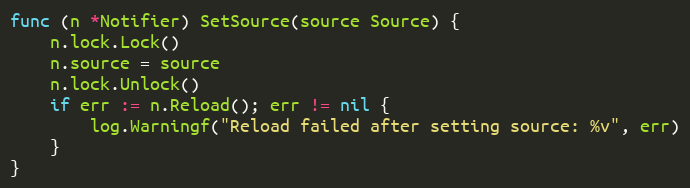
Language: Go
func (n *Notifier) SetSource(source Source) {
	n.lock.Lock()
	n.source = source
	n.lock.Unlock()
	if err := n.Reload(); err != nil {
		log.Warningf("Reload failed after setting source: %v", err)
	}
}